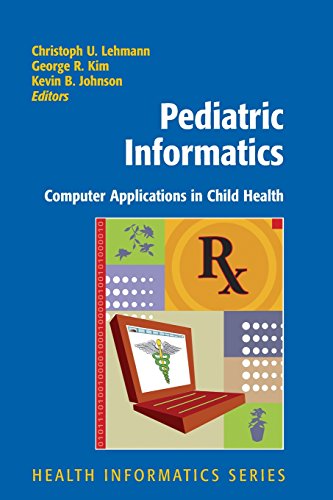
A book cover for Pediatric Informatics: Computer Applications in Child Health (Health Informatics); Medical Books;